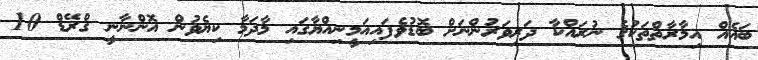
ބައެއް އިމާރާތްތަކުގެ ނުރައްކާ ދަރިވަރުންނަށް ބޮޑުވެފައިއަމީނިއްޔާގައި މާދަމާ ކިޔެވުން އޮންނާނީ ގްރޭޑް 10